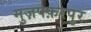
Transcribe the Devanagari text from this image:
मुज़फ्फ़रपुर